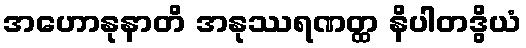
အဟောနုနာတိ အနုဿရဏတ္ထ နိပါတဒွိယံ